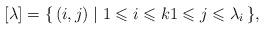
LaTeX: \begin{align*}\advance\abovedisplayskip-2 pt\advance\belowdisplayskip-2 pt[\lambda]=\{\,(i,j)\mid1\leqslant i\leqslant k1\leqslant j\leqslant\lambda_{i}\,\},\end{align*}